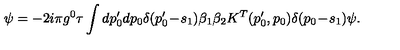
\psi = - 2 i \pi g ^ { 0 } \tau \int d p _ { 0 } ^ { \prime } d p _ { 0 } \delta ( p _ { 0 } ^ { \prime } \! - \! s _ { 1 } ) \beta _ { 1 } \beta _ { 2 } K ^ { T } ( p _ { 0 } ^ { \prime } , p _ { 0 } ) \delta ( p _ { 0 } \! - \! s _ { 1 } ) \psi .